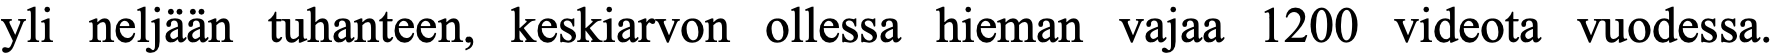
yli neljään tuhanteen, keskiarvon ollessa hieman vajaa 1200 videota vuodessa.